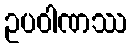
ဥပဝါဏဿ